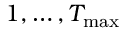
1 , \dots , T _ { \mathrm { m a x } }